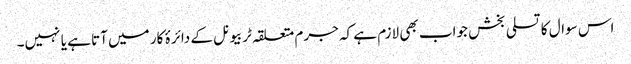
اس سوال کا تسلی بخش جواب بھی لازم ہے کہ جرم متعلقہ ٹربیونل کے دائرۂ کار میں آتا ہے یا نہیں۔